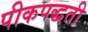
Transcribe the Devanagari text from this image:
पीकपद्धती